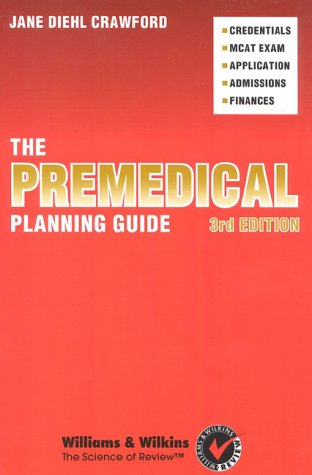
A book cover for The Premedical Planning Guide; Jane D. Crawford; Test Preparation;